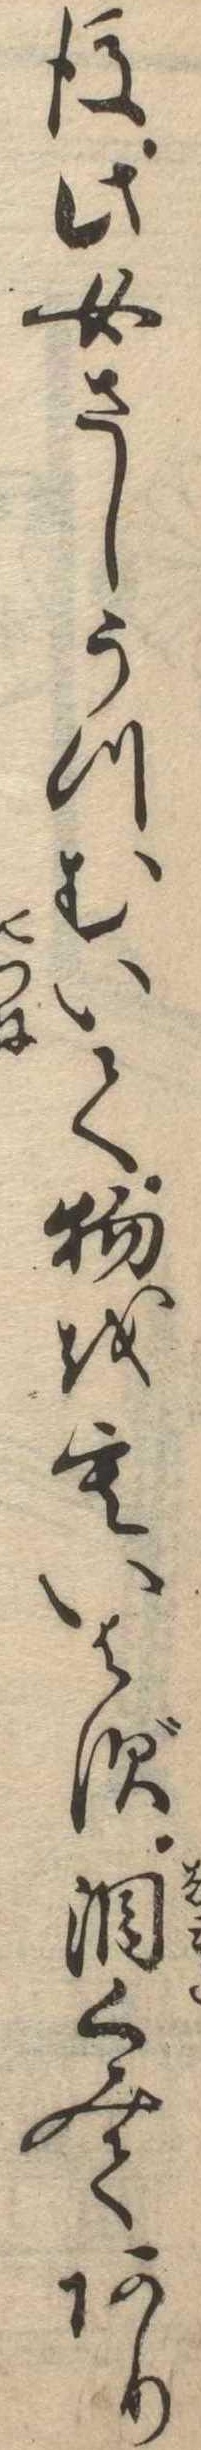
後此女さしうつむいて物をもいはず涙くみてあり